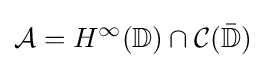
{\mathcal {A}}=H^{\infty }(\mathbb {D} )\cap {\mathcal {C}}({\bar {\mathbb {D} }})